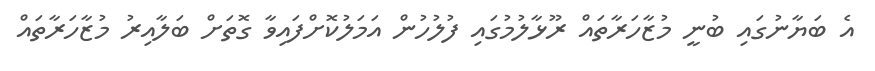
އެ ބަޔާނުގައި ބުނީ މުޒާހަރާތައް ރޫޅާލުމުގައި ފުލުހުން އަމަލުކޮށްފައިވާ ގޮތަށް ބަލާއިރު މުޒާހަރާތައް